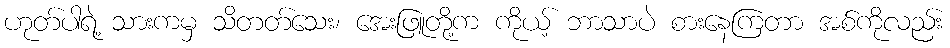
ဟုတ်ပါရဲ့ သားကမှ သိတတ်သေး၊ အေးဖြူတို့က ကိုယ့် ဘာသာပဲ စားနေကြတာ အစ်ကိုလည်း